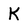
Character: K